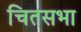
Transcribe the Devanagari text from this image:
चितसभा